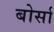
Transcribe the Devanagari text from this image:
बोर्सा